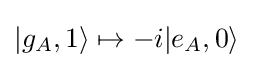
|g_{A},1\rangle \mapsto -i|e_{A},0\rangle